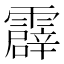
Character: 霹